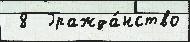
 8  Гражда́нство